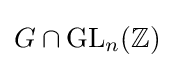
G\cap \mathrm {GL} _{n}(\mathbb {Z} )